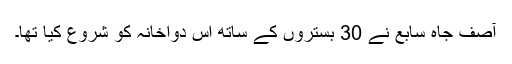
آصف جاہ سابع نے 30 بستروں کے ساتھ اس دواخانہ کو شروع کیا تھا۔